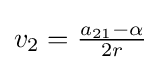
{\textstyle v_{2}={\frac {a_{21}-\alpha }{2r}}}